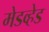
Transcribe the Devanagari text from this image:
मेडव्हेड